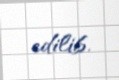
edilib.